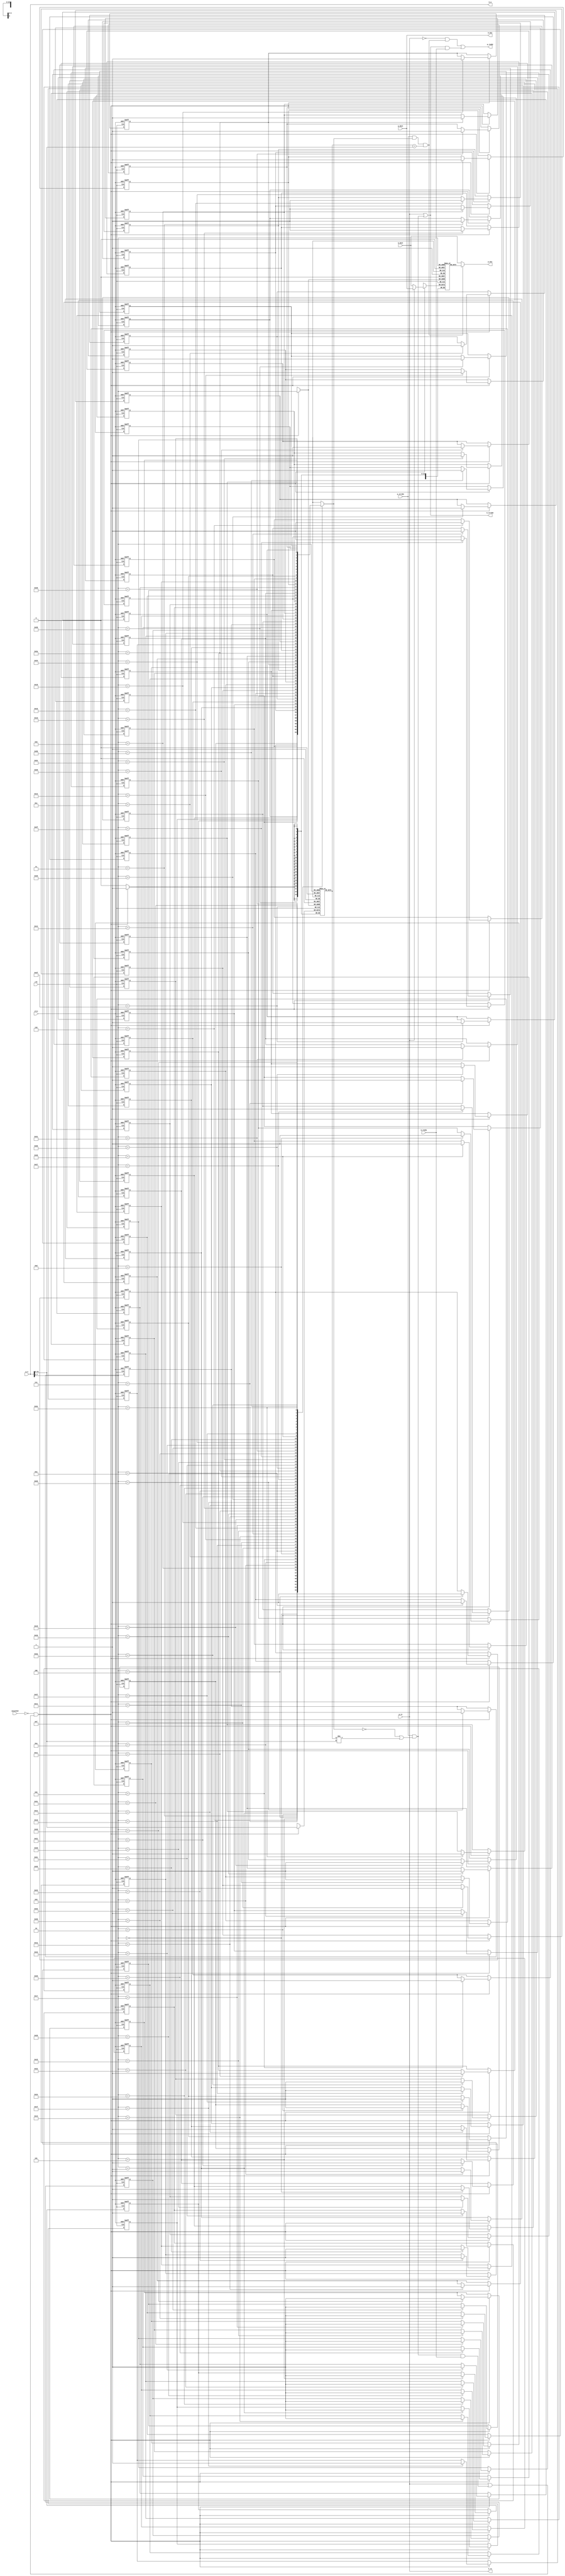
`timescale 1ns / 1ps
//////////////////////////////////////////////////////////////////////////////////
// Company: 
// Engineer: 
// 
// Design Name: 
// Module Name:    d_cache 
// Project Name: 
// Target Devices: 
// Tool versions: 
// Description: 
//
// Dependencies: 
//
// Revision: 
// Revision 0.01 - File Created
// Additional Comments: 
//
//////////////////////////////////////////////////////////////////////////////////
module d_cache ( // direct mapping, 2 ^ 6 blocks, 1 word/block, write-through
input [31:0] p_a, // cpu address
input [31:0] p_dout, // cpu data out to mem
output [31:0] p_din, // cpu data in from mem
input p_strobe, // cpu strobe
input p_rw, // cpu read/write command
input uncached, // uncached
output p_ready, // ready (to cpu)
input clk, clrn, // clock and reset
output [31:0] m_a, // mem address
input [31:0] m_dout, // mem data out to cpu
output [31:0] m_din, // mem data in from cpu
output m_strobe, // mem strobe
output m_rw, // mem read/write
input m_ready // mem ready
);
reg d_valid [0:63]; // 1-bit valid
reg [23:0] d_tags [0:63]; // 24-bit tag
reg [31:0] d_data [0:63]; // 32-bit data
wire [23:0] tag = p_a[31:8]; // address tag
wire [31:0] c_din; // data to cache
wire [5:0] index = p_a[7:2]; // block index
wire c_write; // cache write
integer i;
always @ (posedge clk or negedge clrn)
if (!clrn) begin
for (i=0; i<64; i=i+1)
d_valid[i] <= 0; // clear valid
end else if (c_write)
d_valid[index] <= 1; // write valid
always @ (posedge clk)
if (c_write) begin
d_tags[index] <= tag; // write address tag
d_data[index] <= c_din; // write data
end
wire valid = d_valid[index]; // read cache valid
wire [23:0] tagout = d_tags[index]; // read cache tag
wire [31:0] c_dout = d_data[index]; // read cache data
wire cache_hit = p_strobe & valid & (tagout == tag); // cache hit
wire cache_miss = p_strobe & (!valid | (tagout != tag)); // cache miss
assign m_din = p_dout; // mem <- cpu data
assign m_a = p_a; // mem <- cpu address
assign m_rw = p_rw; // write through
assign m_strobe = p_rw | cache_miss; // also read on miss
assign p_ready = ~p_rw & cache_hit | // read and hit or
(cache_miss | p_rw) & m_ready; // write and mem ready
assign c_write = ~uncached & (p_rw | cache_miss & m_ready); // write
assign c_din = p_rw? p_dout : m_dout; // data from cpu or mem
assign p_din = cache_hit? c_dout : m_dout; // data from cache or mem
endmodule